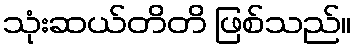
သုံးဆယ်တိတိ ဖြစ်သည်။